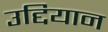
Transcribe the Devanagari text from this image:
उद्दियान